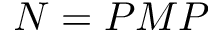
N = P M P